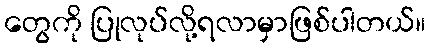
တွေကို ပြုလုပ်လို့ရလာမှာဖြစ်ပါတယ်။